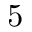
5